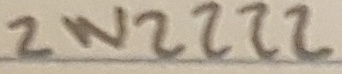
Text: 2N2222